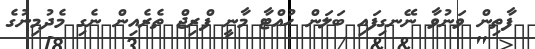
ފާތިން ވަނުވާ ނޭނގިފައި ބަލަން ހުއްޓާ މާނީ ފްރިޖް ތެރެއިން ނެގި މެދުމިނުގެ